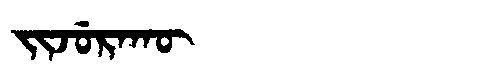
Manchu: ᠵᡳᠵᡠᡵᠠᡴᡡ
Romanization: JIJURAKŪ